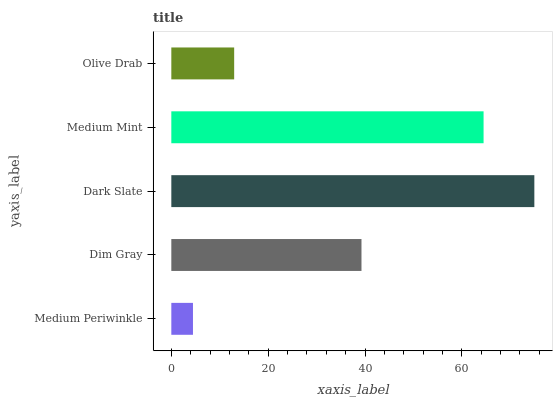
| yaxis_label | bars |
 | --- | --- |
 | Medium Periwinkle | 4.47 |
 | Dim Gray | 39.3 |
 | Dark Slate | 75 |
 | Medium Mint | 64.5 |
 | Olive Drab | 13 |